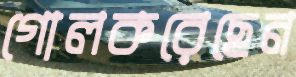
গোলকরেছেন